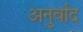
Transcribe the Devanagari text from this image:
अनुर्वाद